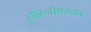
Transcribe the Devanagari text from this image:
सोस्नोवस्का